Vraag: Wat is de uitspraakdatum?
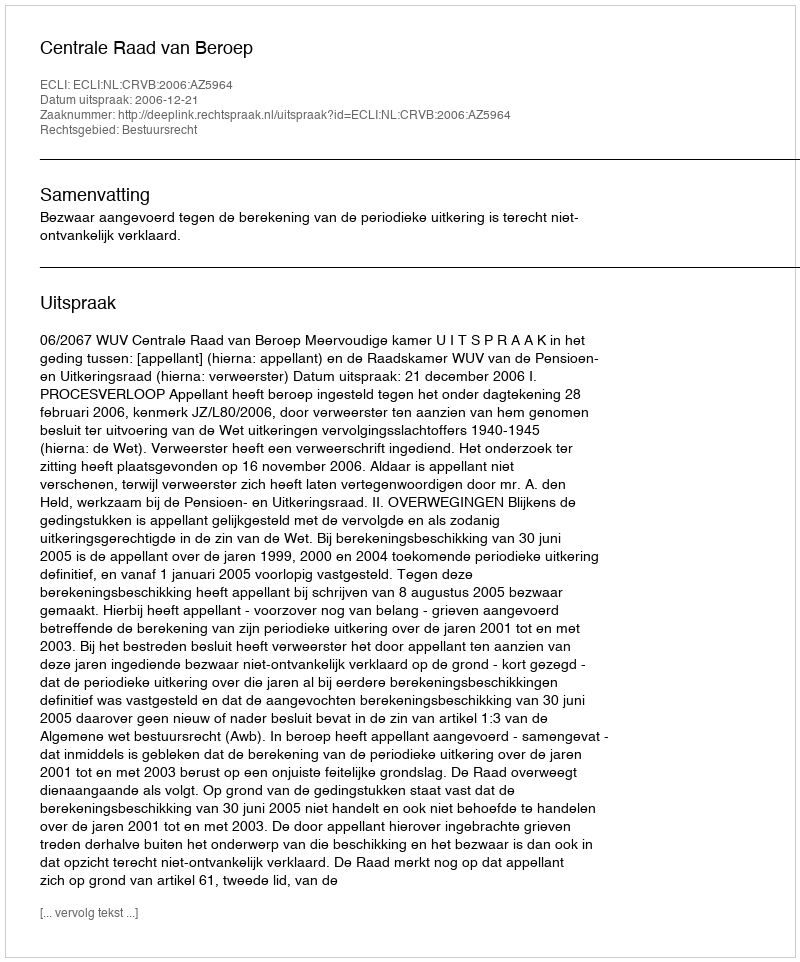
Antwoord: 2006-12-21